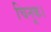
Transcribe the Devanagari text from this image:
चिनूक।